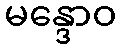
မန္ဒောဝ